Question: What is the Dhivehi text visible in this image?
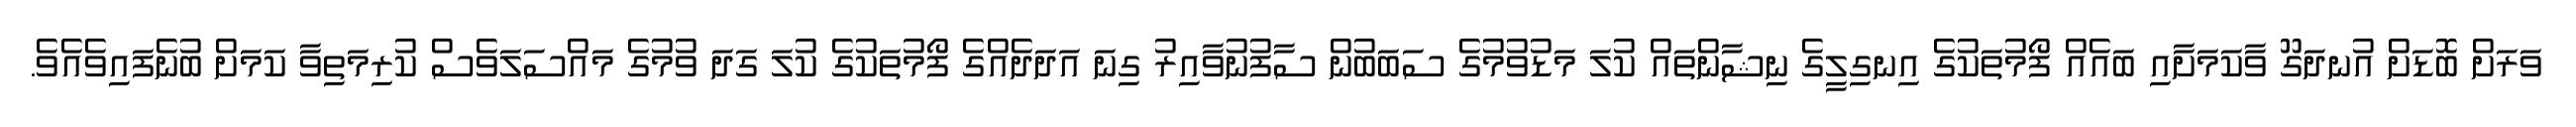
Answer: ވަރަށް ބޮޑަށް އުނދަގޫ ވާކަމަށާއި ބައެއް ފޯމުތަކުގެ އިނގިލީގެ ނިޝާންތައް ކުލަ މަޑުވުމުގެ ސަބަބުން ސާފުނުވާއިރު ގިނަ އަދަދެއްގެ ފޯމުތަކުގެ ކުލަ ގަދަ ވުމުގެ މައްސަލަވެސް ކުރިމަތިވާ ކަމަށް ބުނެފައިވެއެވެ.